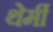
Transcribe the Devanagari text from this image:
थेर्मी